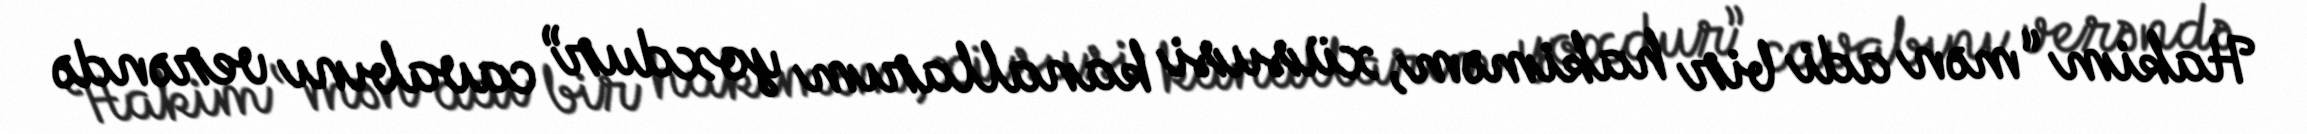
Hakim “mən adi bir hakiməm, xüsusi kanallarım yoxdur” cavabını verəndə